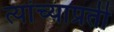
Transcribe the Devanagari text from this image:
त्यांच्याप्रती